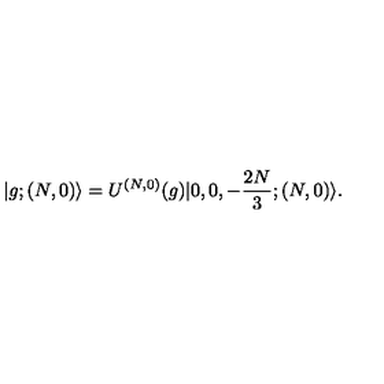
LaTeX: | g ; ( N , 0 ) \rangle = U ^ { ( N , 0 ) } ( g ) | 0 , 0 , - \frac { 2 N } { 3 } ; ( N , 0 ) \rangle .